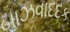
બાઝવાદદક